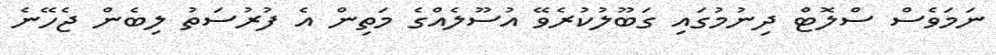
ނަމަވެސް ސްލޮޓް ދިނުމުގައި ގަބޫލުކުރެވޭ އުސޫލެއްގެ މަތިން އެ ފުރުސަތު ލިބެން ޖެހޭނެ